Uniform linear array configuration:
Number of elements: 8
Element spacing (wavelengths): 1
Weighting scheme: blackman
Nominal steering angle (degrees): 45
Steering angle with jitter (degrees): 45.127
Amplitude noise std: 0.05
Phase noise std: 0.05

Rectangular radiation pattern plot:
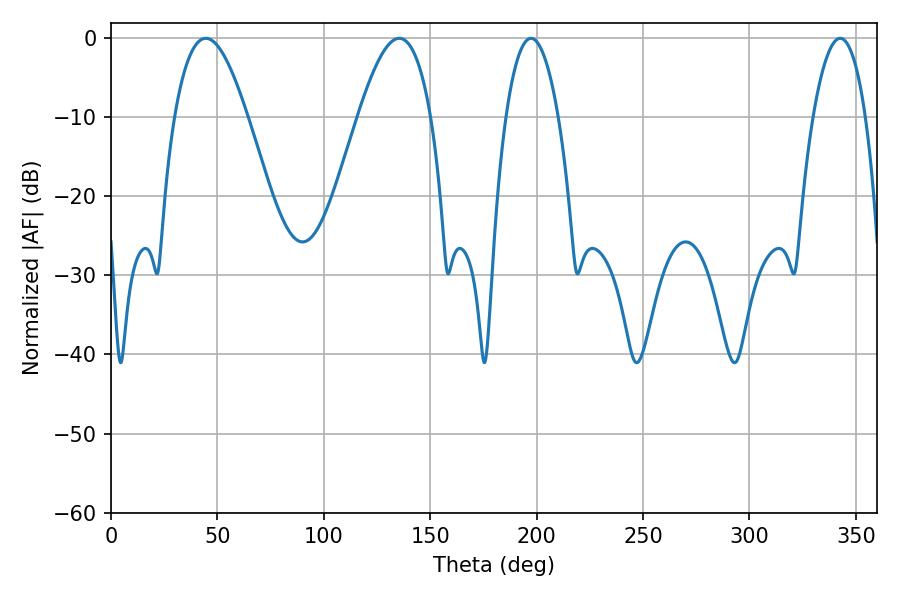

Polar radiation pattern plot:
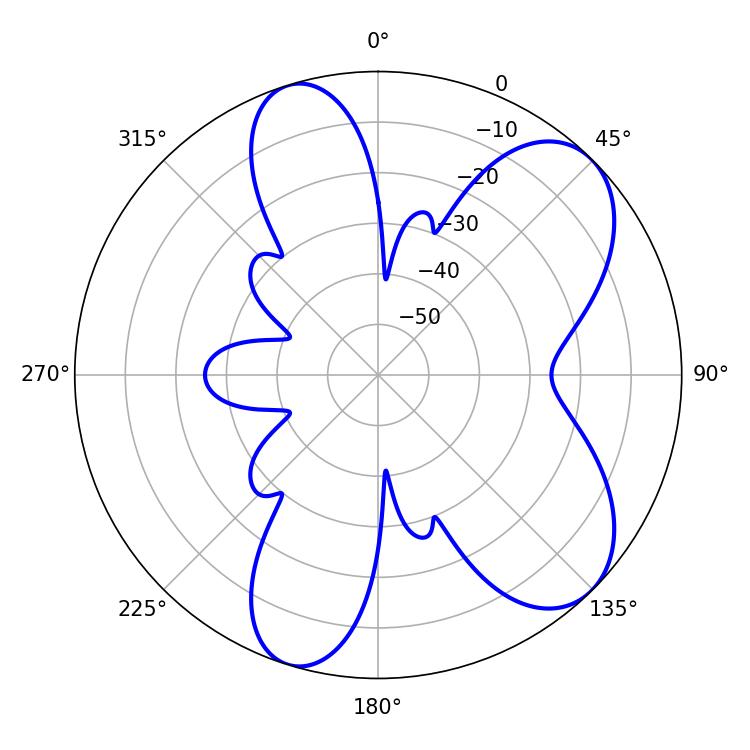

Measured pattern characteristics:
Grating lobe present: TRUE
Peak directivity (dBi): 7.573
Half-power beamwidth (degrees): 18.54
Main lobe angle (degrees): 44.64